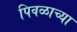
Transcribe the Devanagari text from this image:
पिवळाच्या